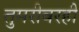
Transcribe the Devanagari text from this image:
तुमरीवरही